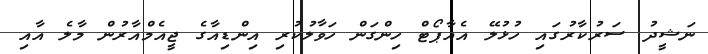
ނަޝީދު ސަރުކާރުގައި ހުޅުލޭ އެއާޕޯޓް ހިންގަން ހަވާލުކުރި އިންޑިއާގެ ޖީއެމްއާރުން މާލެ އާއި